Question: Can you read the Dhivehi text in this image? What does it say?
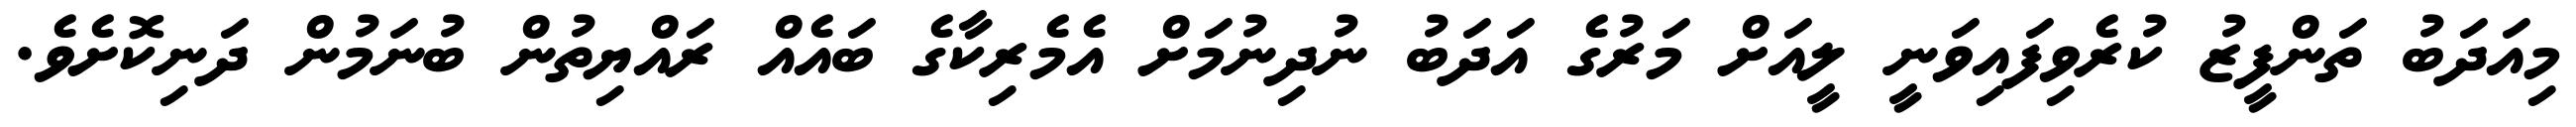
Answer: މިއަދަބު ތަންފީޒު ކުރެވިފައިވަނީ ލީއަށް މަރުގެ އަދަބު ނުދިނުމަށް އެމެރިކާގެ ބައެއް ރައްޔިތުން ބުނަމުން ދަނިކޮށެވެ.